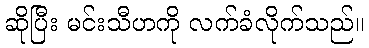
ဆိုပြီး မင်းသီဟကို လက်ခံလိုက်သည်။